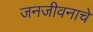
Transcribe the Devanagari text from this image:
जनजीवनाचे